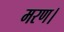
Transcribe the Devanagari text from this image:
मरण।